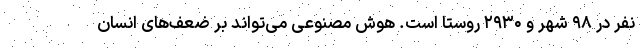
نفر در ۹۸ شهر و ۲۹۳۰ روستا است. هوش مصنوعی می‌تواند بر ضعف‌های انسان